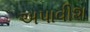
અપાવીશ